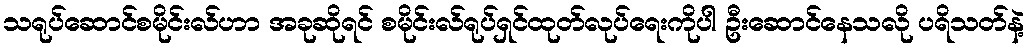
သရုပ်ဆောင်စမိုင်းလ်ဟာ အခုဆိုရင် စမိုင်းလ်ရုပ်ရှင်ထုတ်လုပ်ရေးကိုပါ ဦးဆောင်နေသလို ပရိသတ်နဲ့